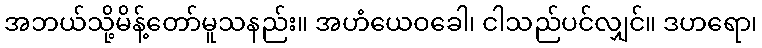
အဘယ်သို့မိန့်တော်မူသနည်း။ အဟံယေဝခေါ၊ ငါသည်ပင်လျှင်။ ဒဟရော၊